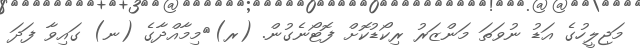
މަޖިލީހުގެ އަޑު ނުވަތަ މަންޒަރު ރިކޯޑުކޮށް ފޮޓޯނެގުން. (ރ)	މިމާއްދާގެ (ނ) ގައިވާ ފަދަ